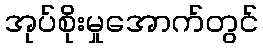
အုပ်စိုးမှုအောက်တွင်